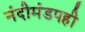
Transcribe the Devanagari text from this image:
नंदीमंडपही